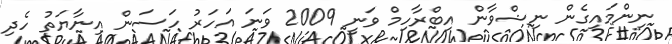
ނިންމައިގެން ނިޝްވާން އިބްރާހިމް ވަނީ 2009 ވަނަ އަހަރު ހަސަން އިނާޔަތު ހެދި